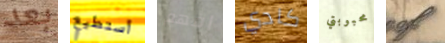
بعد أستطيع افهم كادي محبوبتي of